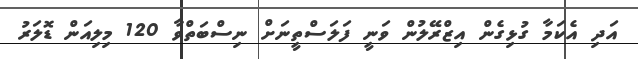
އަދި އެކަމާ ގުޅިގެން އިޒްރޭލުން ވަނީ ފަލަސްތީނަށް ނިސްބަތްވާ 120 މިލިއަން ޑޮލަރު